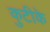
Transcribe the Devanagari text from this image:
कुटीके